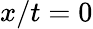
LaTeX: x/t=0